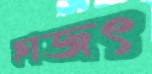
হাজৎ